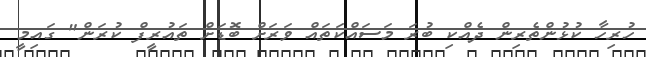
ހުރިހާ ކުޅުންތެރިން ދެއްކި ބުރަ މަސައްކަތައް ވަރަށް ބޮޑަށް ތައުރީފް ކުރަން" ގައިމީ